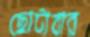
ছোটাবার